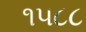
૧૫૮૮